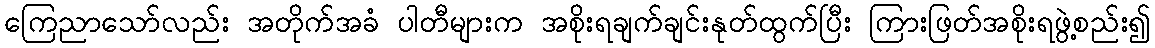
ကြေညာသော်လည်း အတိုက်အခံ ပါတီများက အစိုးရချက်ချင်းနုတ်ထွက်ပြီး ကြားဖြတ်အစိုးရဖွဲ့စည်း၍